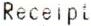
RECEIPT